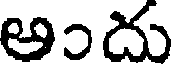
అందు